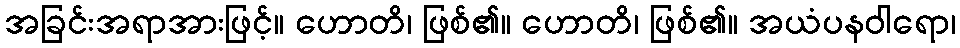
အခြင်းအရာအားဖြင့်။ ဟောတိ၊ ဖြစ်၏။ ဟောတိ၊ ဖြစ်၏။ အယံပနဝါရော၊